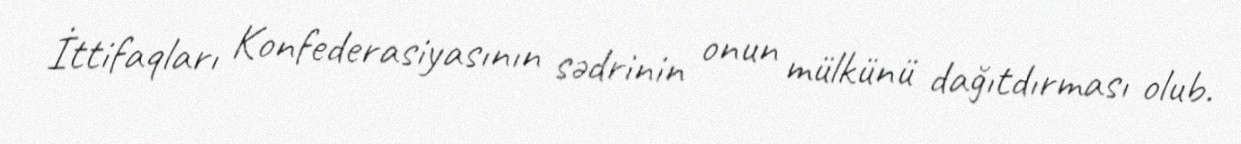
İttifaqları Konfederasiyasının sədrinin onun mülkünü dağıtdırması olub.